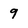
Character: 9